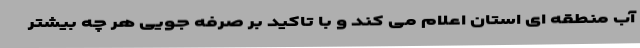
آب منطقه ای استان اعلام می کند و با تاکید بر صرفه جویی هر چه بیشتر